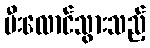
မီးလောင်သွားသည့်